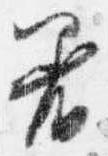
着